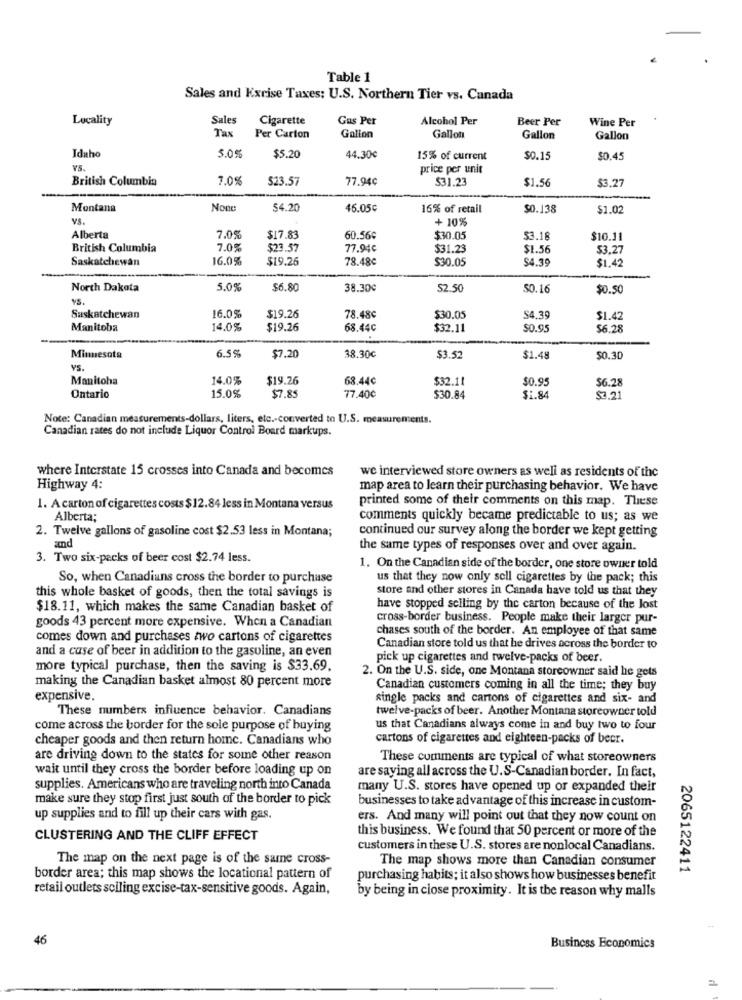
Table 1
Sales and Kxrise Taxes: U.S. Northern Tier vs. Canada
Locality
Sales
Cigarette
Gas Per
Alcohol Per
Beer Per
Wine Per
Tax
Per Carton
Galion
Gallon
Gallon
Gallon
Idaho
5.0%
$5.20
44.30€
15% of current
$0.15
$0.45
VS.
price per unit
British Columbia
7.0%
$23.57
77.94¢
$31.23
$1.56
$3.27
Montana
$4.20
46.05€
16% of retail
$0.138
$1.02
vS.
+ 10%
Alberta
7.0%
$17.83
60.56¢
$30.05
53.18
$10.11
British Columbia
7.0%
$23.57
77.94€
$31.23
$1.56
$3.27
Saskatchewan
16.0%
$19.26
78.48€
$30.05
$4.39
$1,42
North Dakota
5.0%
$6.80
38.30€
$2.50
50.16
$0.50
YS.
Saskatchewan
16.0%
$19.26
78.48€
$30.05
$4.39
$1.42
Manitoba
14.0%
$19.26
68.44℃
$32.11
$0.95
$6.28
6.5%
Minnesota
$7.20
38.30€
$3.52
$1.48
50.30
VS.
Manitoha
14.09
$19.26
68.44¢
$32.11
$0.95
15.0%
$7.85
$6.28
Ontario
77.40¢
$30.84
$1.84
$7.21
Note: Canadian measurements-dollars, liters, etc .- converted to U.S. measurements.
Canadian rates do not include Liquor Control Board markups.
where Interstate 15 crosses into Canada and becomes
we interviewed store owners as well as residents of the
Highway 4:
map area to learn their purchasing behavior. We have
printed some of their comments on this map. These
1. A carton of cigarettes costs $12.84 less in Montana versus
Alberta;
comments quickly became predictable to us; as we
2. Twelve gallons of gasoline cost $2.53 less in Montana;
continued our survey along the border we kept getting
and
the same types of responses over and over again.
3. Two six-packs of beer cost $2.74 less.
1. On the Canadian side of the border, one store owner told
So, when Canadians cross the border to purchase
us that they now only sell cigarettes by the pack; this
this whole basket of goods, then the total savings is
store and other stores in Canada have told us that they
$18.11, which makes the same Canadian basket of
have stopped selling by the carton because of the lost
goods 43 percent more expensive. When a Canadian
cross-border business. People make their larger pur-
chases south of the border. An employee of that same
comes down and purchases two cartons of cigarettes
and a case of beer in addition to the gasoline, an even
Canadian store told us that he drives across the border to
pick up cigarettes and twelve-packs of beer.
more typical purchase, then the saving is $33.69,
making the Canadian basket almost 80 percent more
2. On the U.S. side, one Montana storeowner said he gets
Canadian customers coming in all the time; they buy
expensive.
single packs and cartons of cigarettes and six- and
These numbers influence behavior. Canadians
twelve-packs of beer. Another Montana storeowner told
come across the border for the sole purpose of buying
us that Canadians always come in and buy two to four
cheaper goods and then return home. Canadians who
cartons of cigarettes and eighteen-packs of beer.
are driving down to the states for some other reason
These comments are typical of what storeowners
wait until they cross the border before loading up on
are saying all across the U.S-Canadian border. In fact,
supplies. Americans who are traveling north into Canada
many U.S. stores have opened up or expanded their
make sure they stop first just south of the border to pick
businesses to take advantage of this increase in custom-
up supplies and to fill up their cars with gas.
ers. And many will point out that they now count on
this business. We found that 50 percent or more of the
CLUSTERING AND THE CLIFF EFFECT
customers in these U.S. stores are nonlocal Canadians.
The map on the next page is of the same cross-
The map shows more than Canadian consumer
2065122411
border area; this map shows the locational pattern of
purchasing habits; it also shows how businesses benefit
retail outlets soiling excise-tax-sensitive goods. Again,
by being in close proximity. It is the reason why malls
46
Business Economics